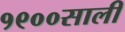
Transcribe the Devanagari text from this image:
१९००साली